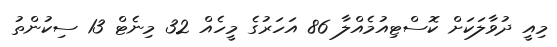
މިއީ ދުވާލަކަށް ކޮސްޓިއުމެއްލާ 86 އަހަރުގެ މީހެއް 32 މިނެޓް 13 ސިކުންތު